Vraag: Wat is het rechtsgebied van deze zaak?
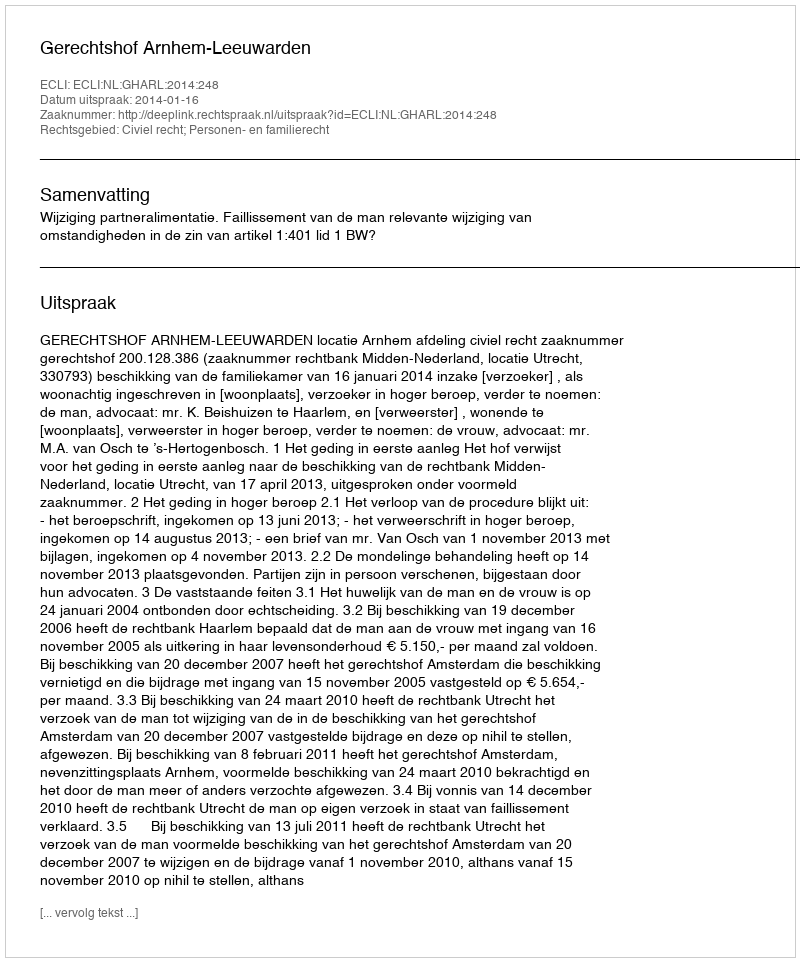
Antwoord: Civiel recht; Personen- en familierecht